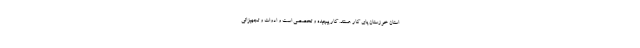
استان خوزستان پای کار هستند. کار پیچیده و تخصصی است و ادوات و تجهیزاتی